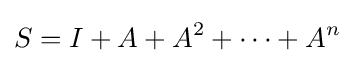
S=I+A+A^{2}+\cdots +A^{n}